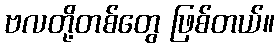
ဗလတို့တစ်တွေ ဖြစ်တယ်။